Annual report of the Camel Specialist
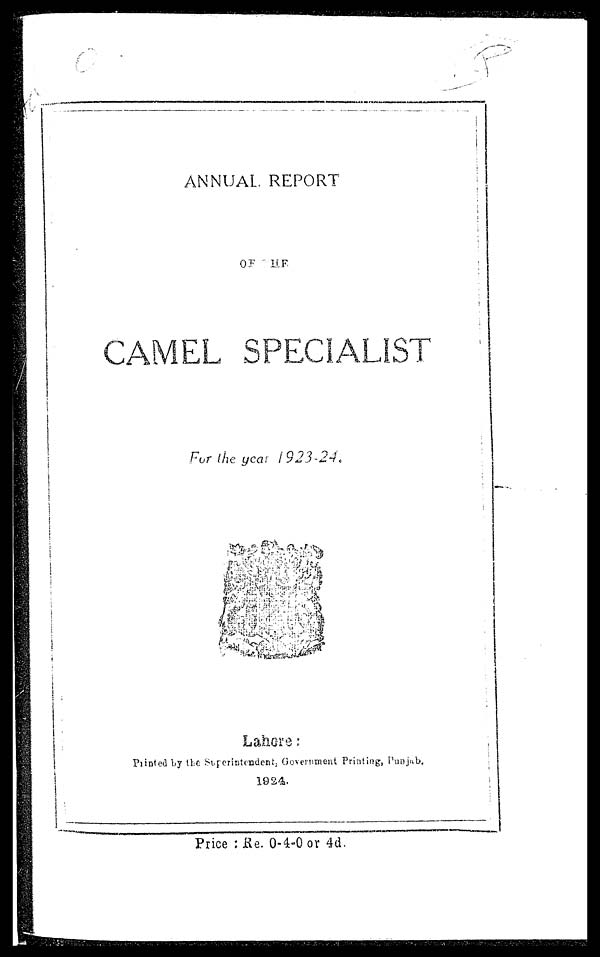
ANNUAL REPORT
OF THE
CAMEL SPECIALIST
For the year 1923-24.
Lahore:
Printed by the Superintendent, Government Printing, Punjab.
1924.
Price : Re. 0-4-0 or 4d.